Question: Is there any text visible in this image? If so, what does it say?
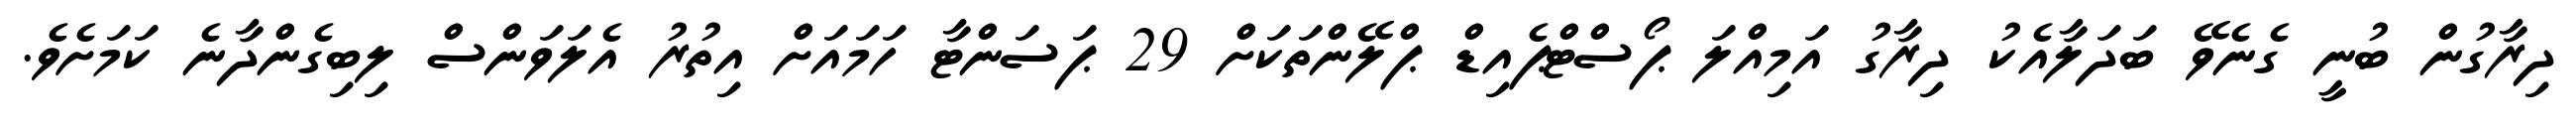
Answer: ދިރާގުން ބުނީ ގެނެވޭ ބަދަލާއެކު ދިރާގު އަމިއްލަ ޕޯސްޓްޕެއިޑް ޕްލޭންތަކަށް 29 ޕަސަންޓާ ހަމައަށް އިތުރު އެލަވަންސް ލިބިގެންދާނެ ކަމަށެވެ.